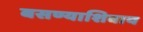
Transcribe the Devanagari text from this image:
बसण्याशिवाय